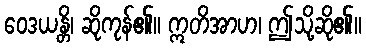
ဝေဒယန္တိ၊ ဆိုကုန်၏။ ဣတိအာဟ၊ ဤသို့ဆို၏။